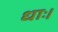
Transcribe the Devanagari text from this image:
धाः।